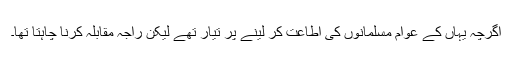
اگرچہ یہاں کے عوام مسلمانوں کی اطاعت کر لینے پر تیار تھے لیکن راجہ مقابلہ کرنا چاہتا تھا۔